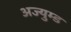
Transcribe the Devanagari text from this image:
अज्युम्ड